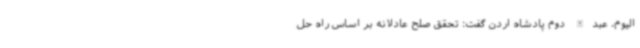
الیوم، عبدالله دوم پادشاه اردن گفت: تحقق صلح عادلانه بر اساس راه حل